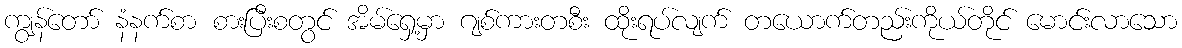
ကျွန်တော် နံနက်စာ စားပြီးစတွင် အိမ်ရှေ့မှာ ဂျစ်ကားတစီး ထိုးရပ်လျက် တယောက်တည်းကိုယ်တိုင် မောင်းလာသော